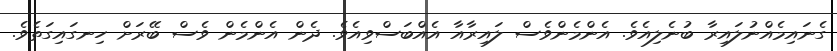
ގެނައިމެއްނުލައިރާ ބުނެލިއެވެ. އެންމެންވެސް ލައިރާއާ އެއްބަސްވިއެވެ. ދެން އެންމެން ވެސް ބޭރަށް ހިނގައިގަތެވެ.